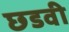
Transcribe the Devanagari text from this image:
छडवी